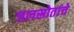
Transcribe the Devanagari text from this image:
जलस्रोतांचे